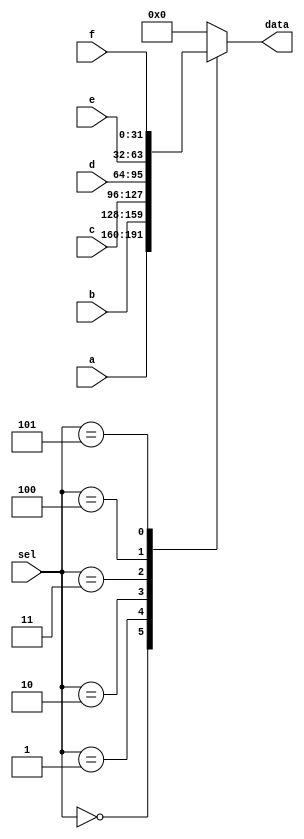
module Multi_6
#(
	parameter DATA_WIDTH = 32
)
(
	input [DATA_WIDTH-1:0]a,
	input [DATA_WIDTH-1:0]b,
	input [DATA_WIDTH-1:0]c,
	input [DATA_WIDTH-1:0]d,
	input [DATA_WIDTH-1:0]e,
	input [DATA_WIDTH-1:0]f,
	input [2:0]sel,
	output reg [DATA_WIDTH-1:0]data
);

	always@(*)
	begin
		case(sel)
			3'd0: data = a;
			3'd1: data = b;
			3'd2: data = c;
			3'd3: data = d;
			3'd4: data = e;
			3'd5: data = f;
			default: data=0;
		endcase
	end

endmodule